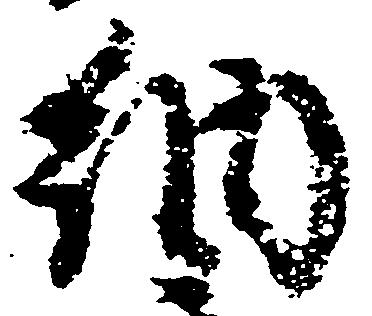
納